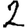
Digit: 2